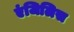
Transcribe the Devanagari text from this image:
एंजिलिस